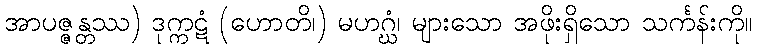
အာပဇ္ဇန္တဿ) ဒုက္ကဋံ (ဟောတိ၊) မဟဂ္ဃံ၊ များသော အဖိုးရှိသော သင်္ကန်းကို။